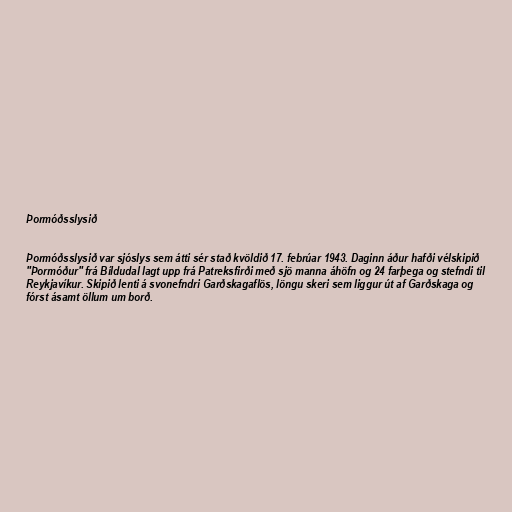
Þormóðsslysið

Þormóðsslysið var sjóslys sem átti sér stað kvöldið 17. febrúar 1943. Daginn áður hafði vélskipið
"Þormóður" frá Bíldudal lagt upp frá Patreksfirði með sjö manna áhöfn og 24 farþega og stefndi til
Reykjavíkur. Skipið lenti á svonefndri Garðskagaflös, löngu skeri sem liggur út af Garðskaga og
fórst ásamt öllum um borð.